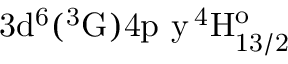
\mathrm { 3 d ^ { 6 } ( ^ { 3 } G ) 4 p \ y \, ^ { 4 } H _ { 1 3 / 2 } ^ { o } }